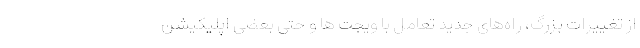
از تغییرات بزرگ، راه‌های جدید تعامل با ویجت ها و حتی بعضی اپلیکیشن